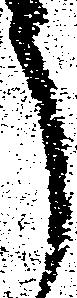
う